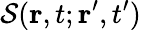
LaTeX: {\cal S}(\mathbf{r},t;\mathbf{r}^{\prime},t^{\prime})